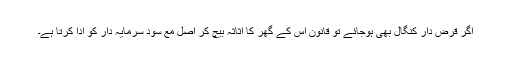
اگر قرض دار کنگال بھی ہوجائے تو قانون اس کے گھر کا اثاثہ بیچ کر اصل مع سود سرمایہ دار کو ادا کرتا ہے۔